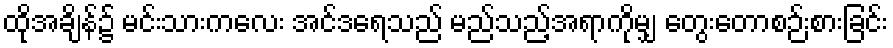
ထိုအချိန်၌ မင်းသားကလေး အင်ဒရေသည် မည်သည့်အရာကိုမျှ တွေးတောစဉ်းစားခြင်း